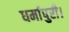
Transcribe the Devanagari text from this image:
धर्मापुरी।